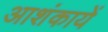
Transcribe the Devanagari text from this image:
आशंकायें